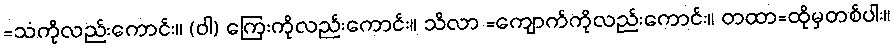
=သံကိုလည်းကောင်း။ (ဝါ) ကြေးကိုလည်းကောင်း။ သိလာ =ကျောက်ကိုလည်းကောင်း။ တထာ=ထိုမှတစ်ပါး။